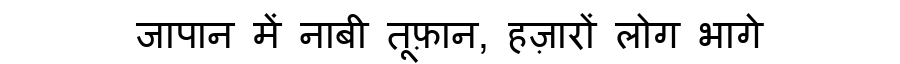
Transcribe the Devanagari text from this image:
जापान में नाबी तूफ़ान, हज़ारों लोग भागे